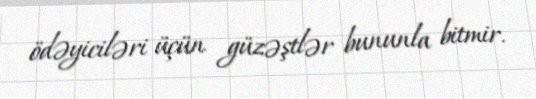
ödəyiciləri üçün güzəştlər bununla bitmir.